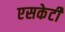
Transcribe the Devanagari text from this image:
एसकेटी